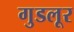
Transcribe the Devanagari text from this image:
गुडलूर